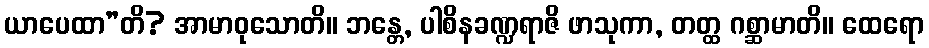
ယာပေထာ”တိ? အာမာဝုသောတိ။ ဘန္တေ, ပါစိနခဏ္ဍရာဇိ ဖာသုကာ, တတ္ထ ဂစ္ဆာမာတိ။ ထေရော